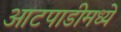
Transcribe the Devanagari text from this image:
आटपाडीमध्ये